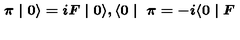
\textup { \boldmath \pi } \mid 0 \rangle = i F \mid 0 \rangle , \langle 0 \mid \textup { \boldmath \pi } = - i \langle 0 \mid F